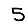
Digit: 5